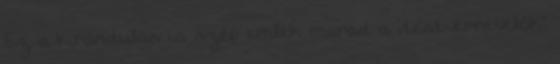
Ez a kirándulás is szép emlék marad a „testvérnevelők”